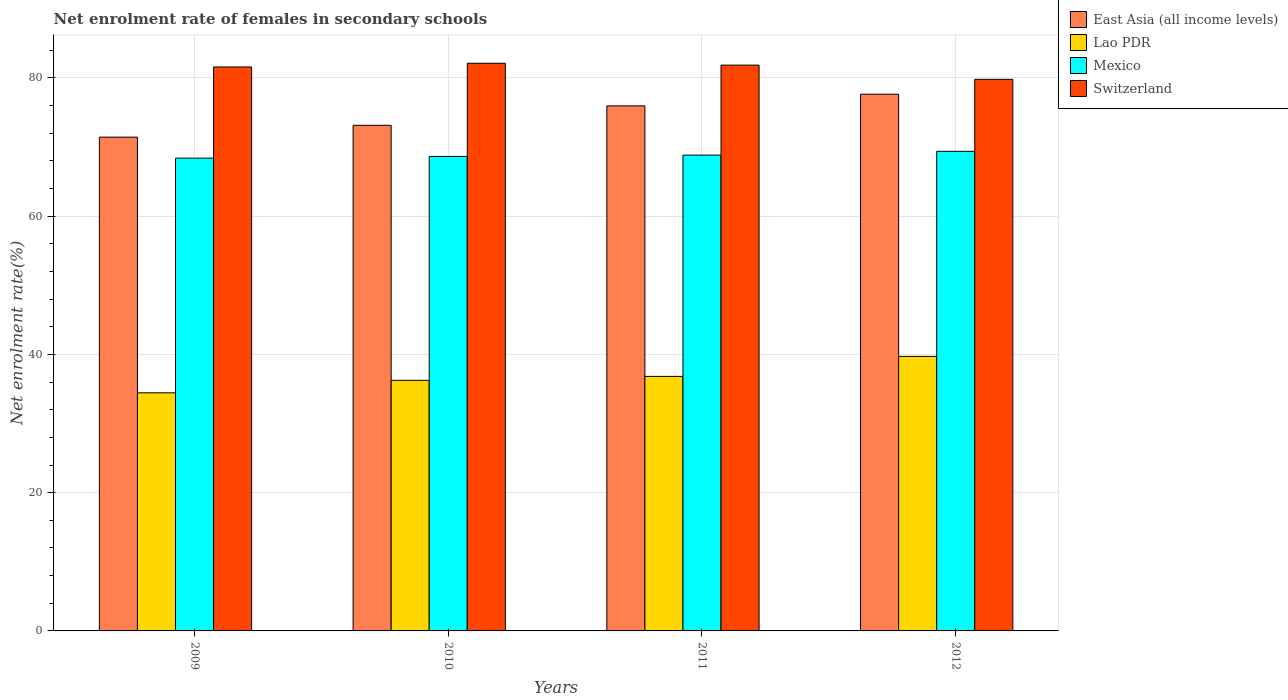
| Years | East Asia (all income levels) | Lao PDR | Mexico | Switzerland |
 | --- | --- | --- | --- | --- |
 | 2009 | 71.4 | 34.4 | 68.4 | 81.6 |
 | 2010 | 73.1 | 36.3 | 68.6 | 82.1 |
 | 2011 | 76 | 36.8 | 68.8 | 81.9 |
 | 2012 | 77.6 | 39.7 | 69.4 | 79.8 |